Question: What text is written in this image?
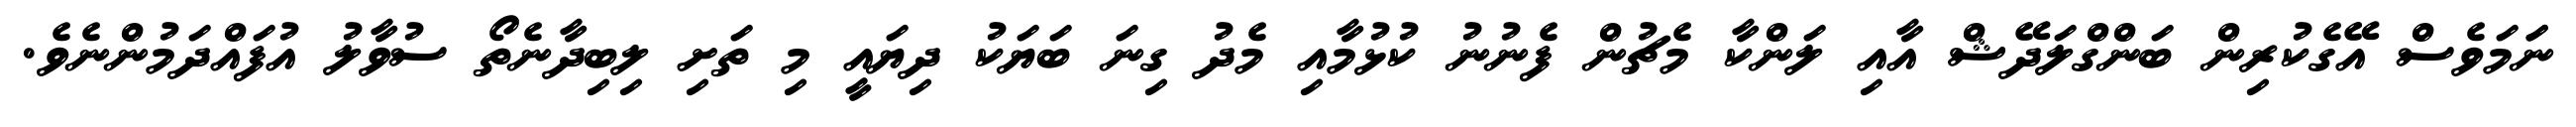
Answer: ނަަމަވެސް އޭގެކުރިން ބަންގްލަދޭޝް އާއި ލަންކާ މެޗުން ފެނުނު ކުޅުމާއި މެދު ގިނަ ބަޔަކު ދިޔައީ މި ތަށި ލިބިދާނެތޯ ސުވާލު އުފައްދަމުންނެވެ.